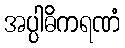
အပ္ပါဓိကရဏံ